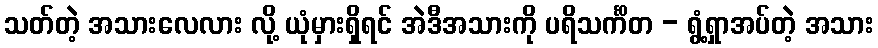
သတ်တဲ့ အသားလေလား လို့ ယုံမှားရှိရင် အဲဒီအသားကို ပရိသင်္ကိတ - ရွံ့ရှာအပ်တဲ့ အသား